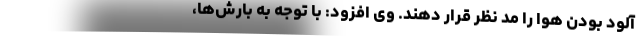
آلود بودن هوا را مد نظر قرار دهند. وی افزود: با توجه به بارش‌ها،